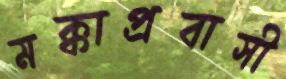
মক্কাপ্রবাসী